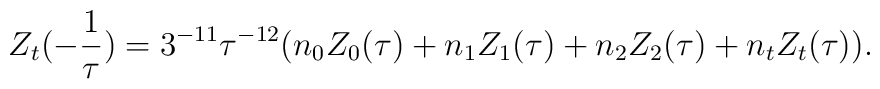
Z_t(-\frac{1}{\tau})=3^{-11}\tau^{-12}(n_0Z_0(\tau)+n_1Z_1(\tau)+n_2Z_2(\tau)+n_tZ_t(\tau)).